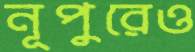
নূপুরেও